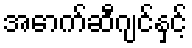
အောက်ဆီဂျင်နှင့်